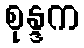
စုန္ဒက